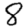
Digit: 8